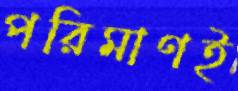
পরিমাণই